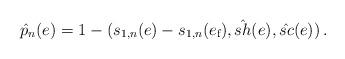
LaTeX: \begin{align*} {\hat p}_n(e)=1-(s_{1,n}(e)-s_{1,n}(e_{\text f}),\hat{sh}(e),\hat{sc}(e))\,.\end{align*}